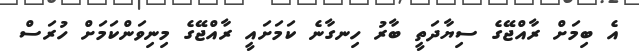
އެ ބިމަށް ރާއްޖޭގެ ސިޔާދަތީ ބާރު ހިނގާނެ ކަމަށައީ ރާއްޖޭގެ މިނިވަންކަމަށް ހުރަސް